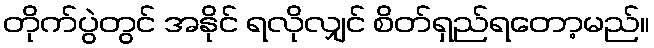
တိုက်ပွဲတွင် အနိုင် ရလိုလျှင် စိတ်ရှည်ရတော့မည်။